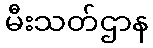
မီးသတ်ဌာန